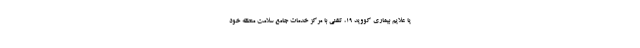
یا علایم بیماری کووید ۱۹، تلفنی با مرکز خدمات جامع سلامت منطقه خود